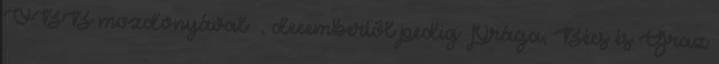
ÖBB mozdonyával –, decembertől pedig Prága, Bécs és Graz